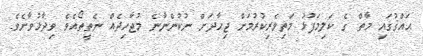
ޙައްޤުގައި މާތް ގެ ކަލިމަފުޅު މަތިވެރިކުރުމަށް ޖިހާދަށް ނުކުންނާނެ މުޖާހިދެއް ނެތީތޯއެވެ ވިދާޅުވާށެވެ.